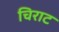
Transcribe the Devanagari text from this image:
चिराट